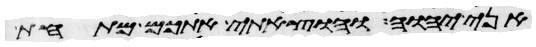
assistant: אני יהוה והוצאתי אתכם מתחת